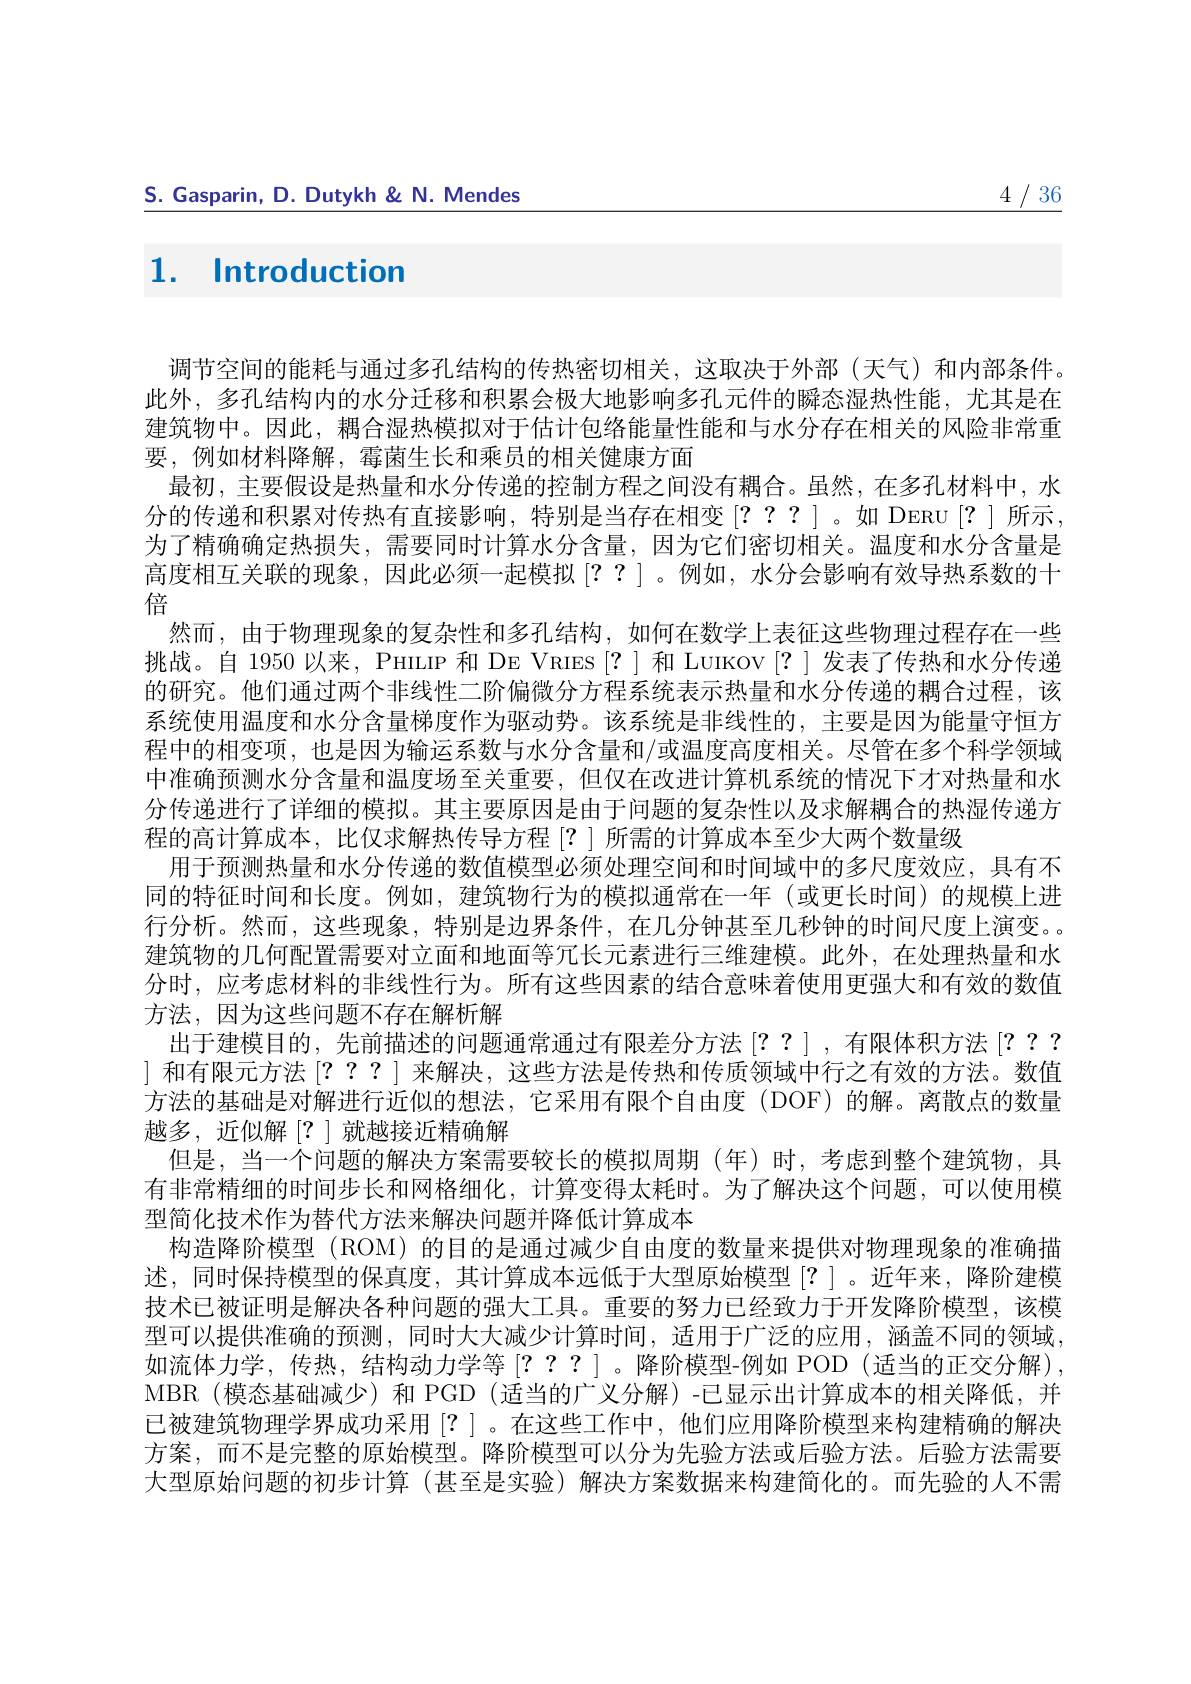
4/36

S. Gasparin, D. Dutykh& N. Mendes

1. Introduction

调节空间的能耗与通过多孔结构的传热密切相关，这取决于外部(天气)和内部条件。此外，多孔结构内的水分迀移和积累会极大地影响多孔兀件的瞬态湿热性能，尤其是在建筑物中。因此，耦合湿热模拟对于估计包络能量性能和与水分存在相关的风险非常重要，例如材料降解，霉菌生长和乘员的相关健康方面
最初，主要假设是热量和水分传递的控制方程之间没有耦合。虽然，在多孔材料中，水分的传递和积累对传热有直接影响，特别是当存在相变[???]。如 DERU[?]所示为了精确确定热损失，需要同时计算水分含量，因为它们密切相关。温度和水分含量是高度相互关联的现象，因此必须一起模拟[??]。例如，水分会影响有效导热系数的十倍
然而，由于物理现象的复杂性和多孔结构，如何在数学上表征这些物理过程存在一些挑战。自 1950 以来，PHILIP 和 DE VRIES[?] 和 LUIKOV[?]发表了传热和水分传递的研究。他们通过两个非线性二阶偏微分方程系统表示热量和水分传递的耦合过程，该系统使用温度和水分含量梯度作为驱动势。该系统是非线性的，主要是因为能量守恒方程中的相变项，也是因为输运系数与水分含量和/或温度高度相关。尽管在多个科学领域中准确预测水分含量和温度场至关重要，但仅在改进计算机系统的情况下才对热量和水分传递进行了详细的模拟。其主要原因是由于问题的复杂性以及求解耦合的热湿传递方程的高计算成本，比仅求解热传导方程[?] 所需的计算成本至少大两个数量级
用于预测热量和水分传递的数值模型必须处理空间和时间域中的多尺度效应，具有不同的特征时间和长度。例如，建筑物行为的模拟通常在一年(或更长时间)的规模上进行分析。然而，这些现象，特别是边界条件，在几分钟甚至几秒钟的时间尺度上演变。建筑物的几何配置需要对立面和地面等冗长元素进行三维建模。此外，在处理热量和水分时，应考虑材料的非线性行为。所有这些因素的结合意味着使用更强大和有效的数值方法，因为这些问题不存在解析解
出于建模目的，先前描述的问题通常通过有限差分方法$\left[??\right]$,有限体积方法$\left[???\right.$ ] 和有限元方法[???]来解决，这些方法是传热和传质领域中行之有效的方法。数值方法的基础是对解进行近似的想法，它采用有限个自由度(DOF)的解。离散点的数量越多，近似解[?]就越接近精确解
但是，当一个问题的解决方案需要较长的模拟周期 (年)时，考虑到整个建筑物，具有非常精细的时间步长和网格细化，计算变得太耗时。为了解决这个问题，可以使用模型简化技术作为替代方法来解决问题并降低计算成本
构造降阶模型 (ROM) 的目的是通过减少自由度的数量来提供对物理现象的准确描述，同时保持模型的保真度，其计算成本远低于大型原始模型[?]。近年来，降阶建模技术已被证明是解决各种问题的强大工具。重要的努力已经致力于开发降阶模型，该模型可以提供准确的预测，同时大大减少计算时间，适用于广泛的应用，涵盖不同的领域如流体力学，传热，结构动力学等$\left[???\right]$。降阶模型-例如 POD(适当的正交分解), MBR (模态基础减少)和 PGD (适当的广义分解)-已显示出计算成本的相关降低，并已被建筑物理学界成功采用[?]。在这些工作中，他们应用降阶模型来构建精确的解决方案，而不是完整的原始模型。降阶模型可以分为先验方法或后验方法。后验方法需要大型原始问题的初步计算 (甚至是实验)解决方案数据来构建简化的。而先验的人不需